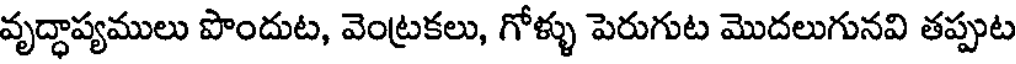
వృద్ధాప్యములు పొందుట, వెంట్రకలు, గోళ్ళు పెరుగుట మొదలుగునవి తప్పుట